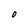
Character: 0